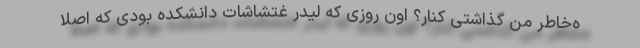
ه‌خاطر من گذاشتی کنار؟ اون روزی که لیدر غتشاشات دانشکده بودی که اصلاً